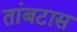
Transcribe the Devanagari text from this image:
तांबटास